Medical and sanitary report on the native army of Bombay for the year
Year: 1879
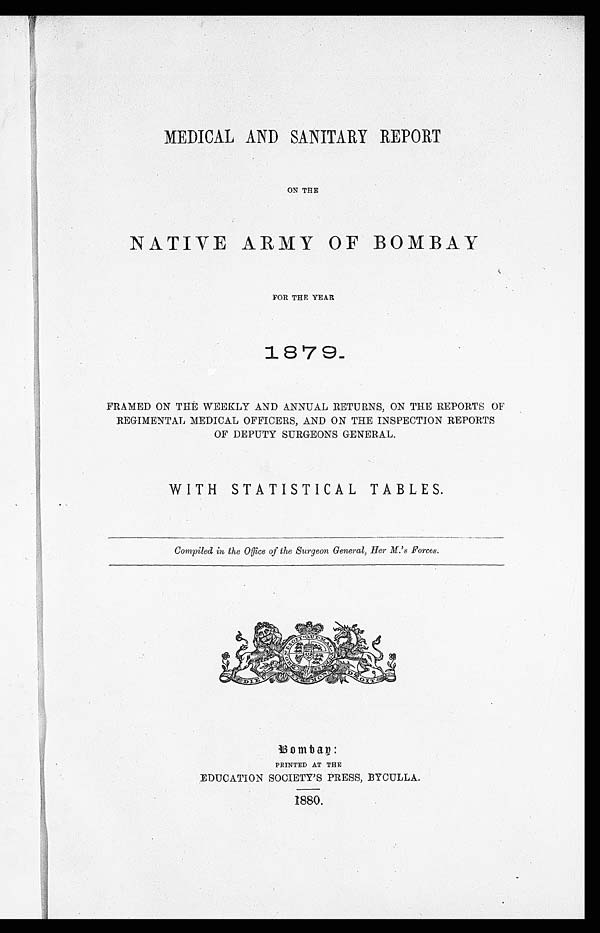
MEDICAL AND SANITARY REPORT
ON THE
NATIVE ARMY OF BOMBAY
FOR THE YEAR
1 8 7 9_
FRAMED ON THE WEEKLY AND ANNUAL RETURNS, ON THE REPORTS OF
REGIMENTAL MEDICAL OFFICERS, AND ON THE INSPECTION REPORTS
OF DEPUTY SURGEONS GENERAL.
WITH STATISTICAL TABLES.
Compiled in the Office of the Surgeon General, Her M.'s Forces.
Bombay:
PRINTED AT THE
EDUCATION SOCIETY'S PRESS, BYCULLA.
1880.